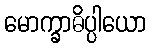
မောက္ခာဓိပ္ပါယော